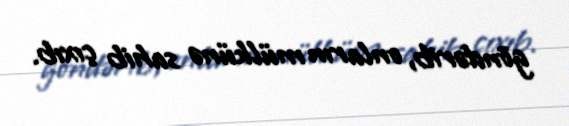
göndərib, onların mülkünə sahib çıxıb.